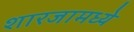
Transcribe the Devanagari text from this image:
शारजामध्ये